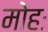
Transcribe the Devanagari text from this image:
मोहः